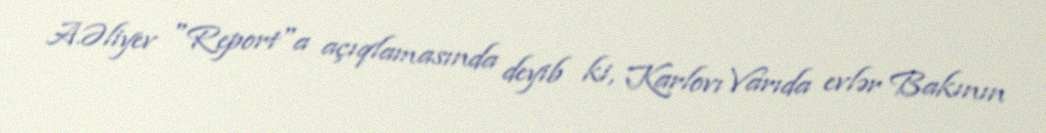
A.Əliyev "Report"a açıqlamasında deyib ki, Karlovı Varıda evlər Bakının